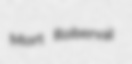
Mort Roberval